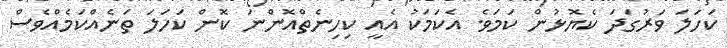
ކަހަލަ ވަރުގަދަ ކެޔޮޅުން ކަމަވެ. އެކަމަކު އެއީ ކިހިނެތްއޮންނަ ކޮން ކަހަލަ ތަނެއްކަމެއްވެސް